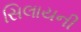
સિલાયની